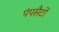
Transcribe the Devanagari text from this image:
पंपसैटों